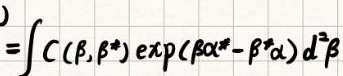
$=\int C(\beta,\beta^*) \exp(\beta\alpha^* - \beta^*\alpha) d^2\beta$